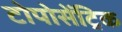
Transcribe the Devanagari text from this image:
टोपोसेंट्रिक